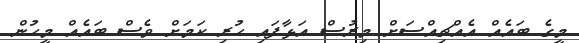
މީގެ ބައެއް އެއްޗިއްސަށް މިރުސް އަޅާފައި ހުރި ކަމަށް ވެސް ބައެއް މީހުން